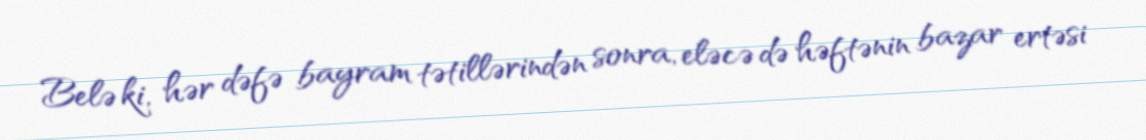
Belə ki, hər dəfə bayram tətillərindən sonra, eləcə də həftənin bazar ertəsi